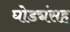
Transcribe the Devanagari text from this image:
घोड्यंसह